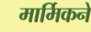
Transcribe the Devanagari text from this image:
मार्मिकने